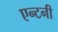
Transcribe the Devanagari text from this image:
एन्टनी